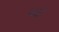
ચકો